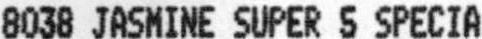
8038 JASMINE SUPER 5 SPECIA